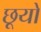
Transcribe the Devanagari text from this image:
छूयो